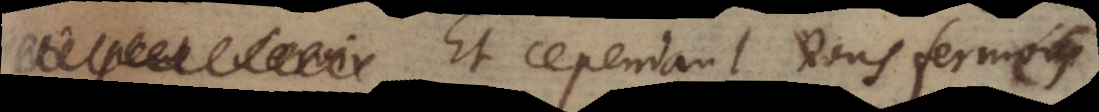
Et cependant vous fermés